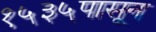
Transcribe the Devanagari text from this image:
१५३५पासून